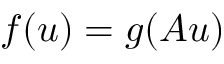
f ( u ) = g ( A u )